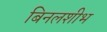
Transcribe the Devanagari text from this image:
बिनलशीभ